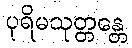
ပုရိမသုတ္တန္တေ